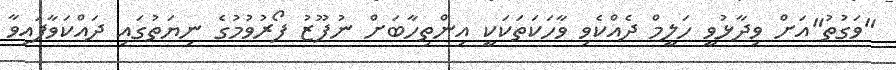
"ވަގުތު"އަށް ވިދާޅުވީ ހަލީމް ދެއްކެވި ވާހަކަތަކަކީ އިންތިހާބަށް ނުފޫޒު ފޯރުވުމުގެ ނިޔަތުގައި ދައްކަވާފައިވާ